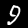
Digit: 9